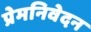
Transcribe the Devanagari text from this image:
प्रेमनिवेदन